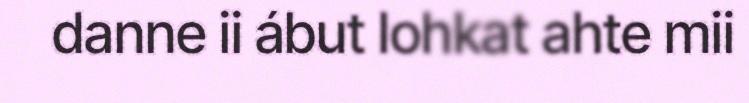
danne ii ábut lohkat ahte mii